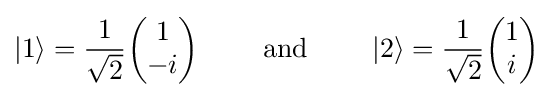
|1\rangle ={\frac {1}{\sqrt {2}}}{\begin{pmatrix}1\\-i\end{pmatrix}}\qquad {\text{ and }}\qquad |2\rangle ={\frac {1}{\sqrt {2}}}{\begin{pmatrix}1\\i\end{pmatrix}}